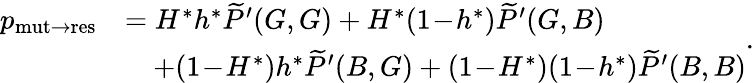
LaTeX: \begin{array}{rl}{p_{\mathrm{mut\to res}}}&{=H^{\ast}h^{\ast}\widetilde{P}^{\prime}(G,G)+H^{\ast}(1\! -\! h^{\ast})\widetilde{P}^{\prime}(G,B)}\\ &{\quad+(1\! -\! H^{\ast})h^{\ast}\widetilde{P}^{\prime}(B,G)+(1\! -\! H^{\ast})(1\! -\! h^{\ast})\widetilde{P}^{\prime}(B,B)}\end{array}.